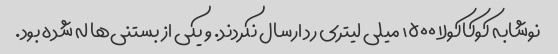
نوشابه کوکاکولا ۱۵۰۰ میلی لیتری رد ارسال نکردند. و یکی از بستنی‌ها له شده بود.